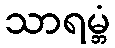
သာရမ္ဘံ